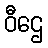
ဝီဌေ